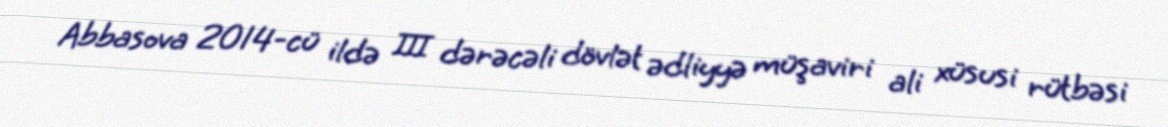
Abbasova 2014-cü ildə III dərəcəli dövlət ədliyyə müşaviri ali xüsusi rütbəsi